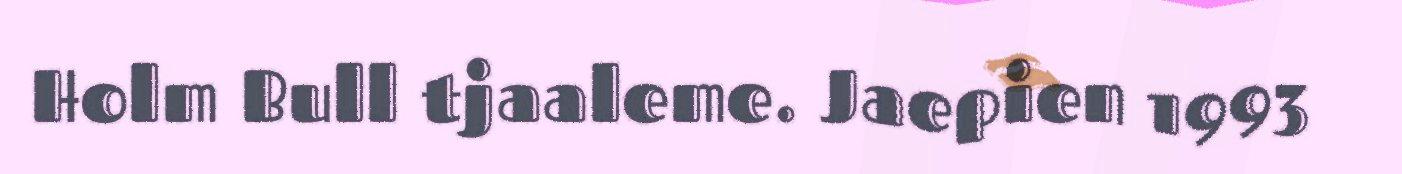
Holm Bull tjaaleme. Jaepien 1993